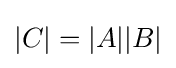
|C|=|A||B|